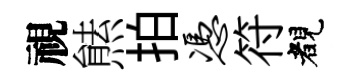
視㷱拍凭符睹